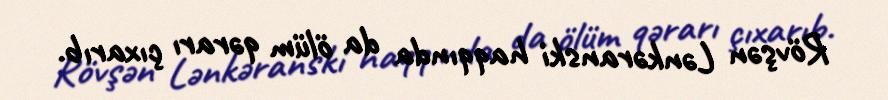
Rövşən Lənkəranski haqqında da ölüm qərarı çıxarıb.